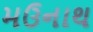
મઉનાથ